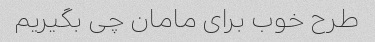
طرح خوب برای مامان چی بگیریم